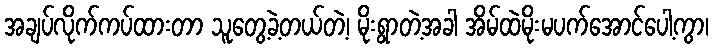
အချပ်လိုက်ကပ်ထားတာ သူတွေ့ခဲ့တယ်တဲ့၊ မိုးရွာတဲ့အခါ အိမ်ထဲမိုးမပက်အောင်ပေါ့ကွာ၊